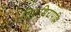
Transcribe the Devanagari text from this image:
तिरुच्चिरापल्लि